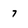
Character: 7